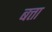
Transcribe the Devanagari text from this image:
बत्ता